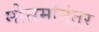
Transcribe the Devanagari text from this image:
मोसमांनंतर